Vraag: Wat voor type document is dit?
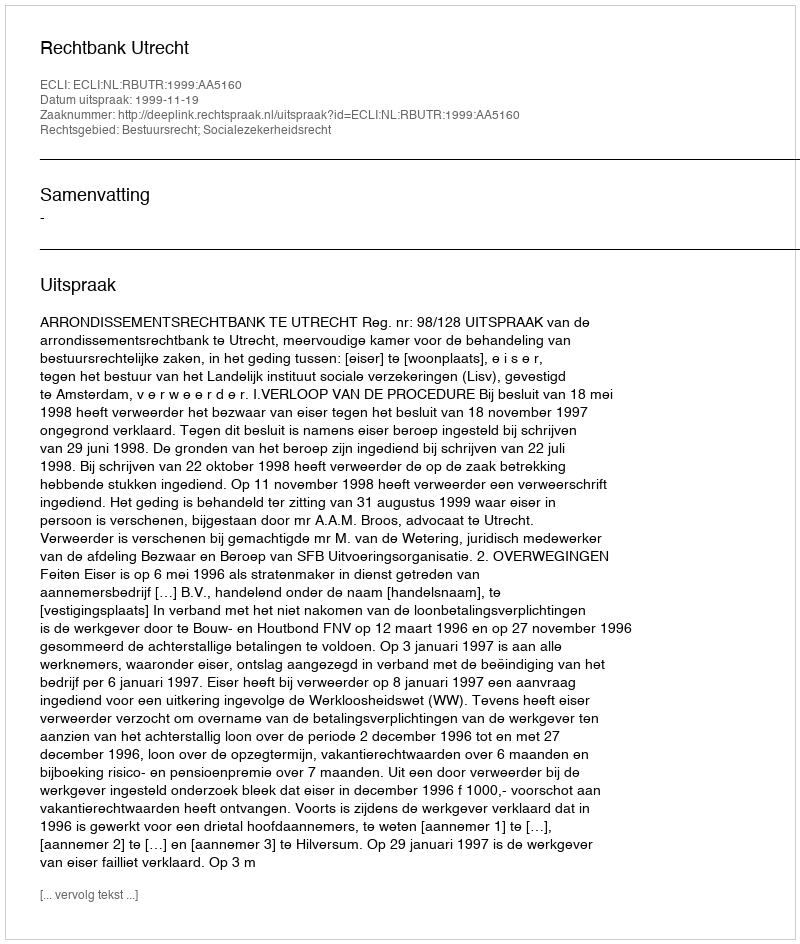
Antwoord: Uitspraak